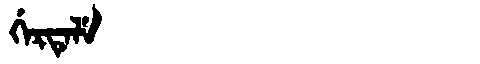
Manchu: ᡤᡝᡵᡨᡝᠯᡝ
Romanization: GERTELE